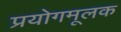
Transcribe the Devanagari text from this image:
प्रयोगमूलक